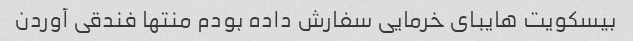
بیسکویت هایبای خرمایی سفارش داده بودم منتها فندقی آوردن